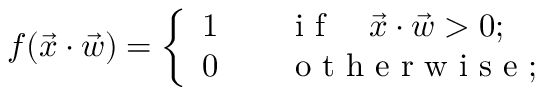
f ( \Vec { x } \cdot \Vec { w } ) = \left\{ \begin{array} { l l } { 1 \qquad \mathrm { ~ i ~ f ~ } \quad \Vec { x } \cdot \Vec { w } > 0 ; } \\ { 0 \qquad \mathrm { ~ o ~ t ~ h ~ e ~ r ~ w ~ i ~ s ~ e ~ } ; } \end{array} \right.